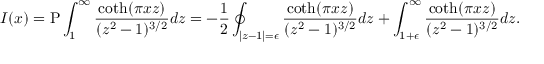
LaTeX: I ( x ) = \mathrm { P } \int _ { 1 } ^ { \infty } \frac { \coth ( \pi x z ) } { ( z ^ { 2 } - 1 ) ^ { 3 / 2 } } d z = - \frac { 1 } { 2 } \oint _ { | z - 1 | = \epsilon } \frac { \coth ( \pi x z ) } { ( z ^ { 2 } - 1 ) ^ { 3 / 2 } } d z + \int _ { 1 + \epsilon } ^ { \infty } \frac { \coth ( \pi x z ) } { ( z ^ { 2 } - 1 ) ^ { 3 / 2 } } d z .